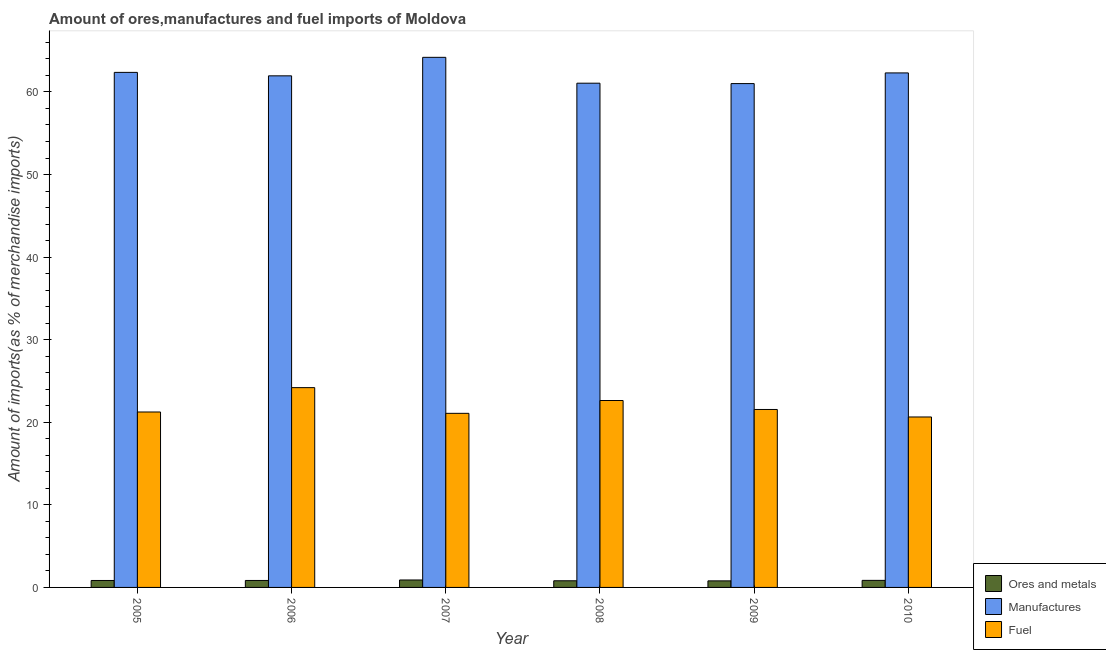
| Year | Ores and metals | Manufactures | Fuel |
 | --- | --- | --- | --- |
 | 2005 | 0.841 | 62.4 | 21.2 |
 | 2006 | 0.844 | 62 | 24.2 |
 | 2007 | 0.902 | 64.2 | 21.1 |
 | 2008 | 0.805 | 61.1 | 22.6 |
 | 2009 | 0.794 | 61 | 21.5 |
 | 2010 | 0.855 | 62.3 | 20.6 |